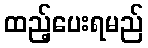
ထည့်ပေးရမည်